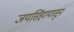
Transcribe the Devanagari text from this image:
जयसिंहापासून